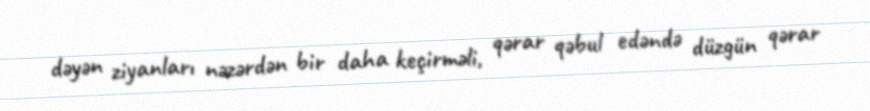
dəyən ziyanları nəzərdən bir daha keçirməli, qərar qəbul edəndə düzgün qərar